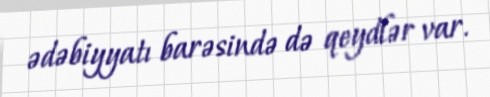
ədəbiyyatı barəsində də qeydlər var.